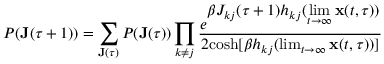
P ( \mathbf { J } ( \tau + 1 ) ) = \sum _ { \mathbf { J } ( \tau ) } P ( \mathbf { J } ( \tau ) ) \prod _ { k \neq j } \frac { e ^ { \displaystyle \beta J _ { k j } ( \tau + 1 ) h _ { k j } ( \operatorname* { l i m } _ { t \rightarrow \infty } \mathbf { x } ( t , \tau ) ) } } { 2 \mathrm { c o s h } [ \beta h _ { k j } ( \operatorname* { l i m } _ { t \rightarrow \infty } \mathbf { x } ( t , \tau ) ) ] }